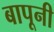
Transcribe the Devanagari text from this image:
बापूनी